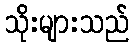
သိုးများသည်